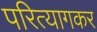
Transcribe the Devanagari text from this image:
परित्यागकर